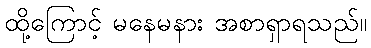
ထို့ကြောင့် မနေမနား အစာရှာရသည်။